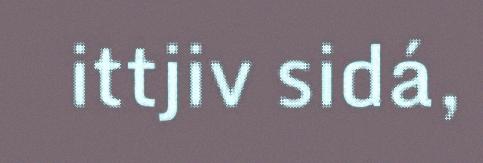
ittjiv sidá,